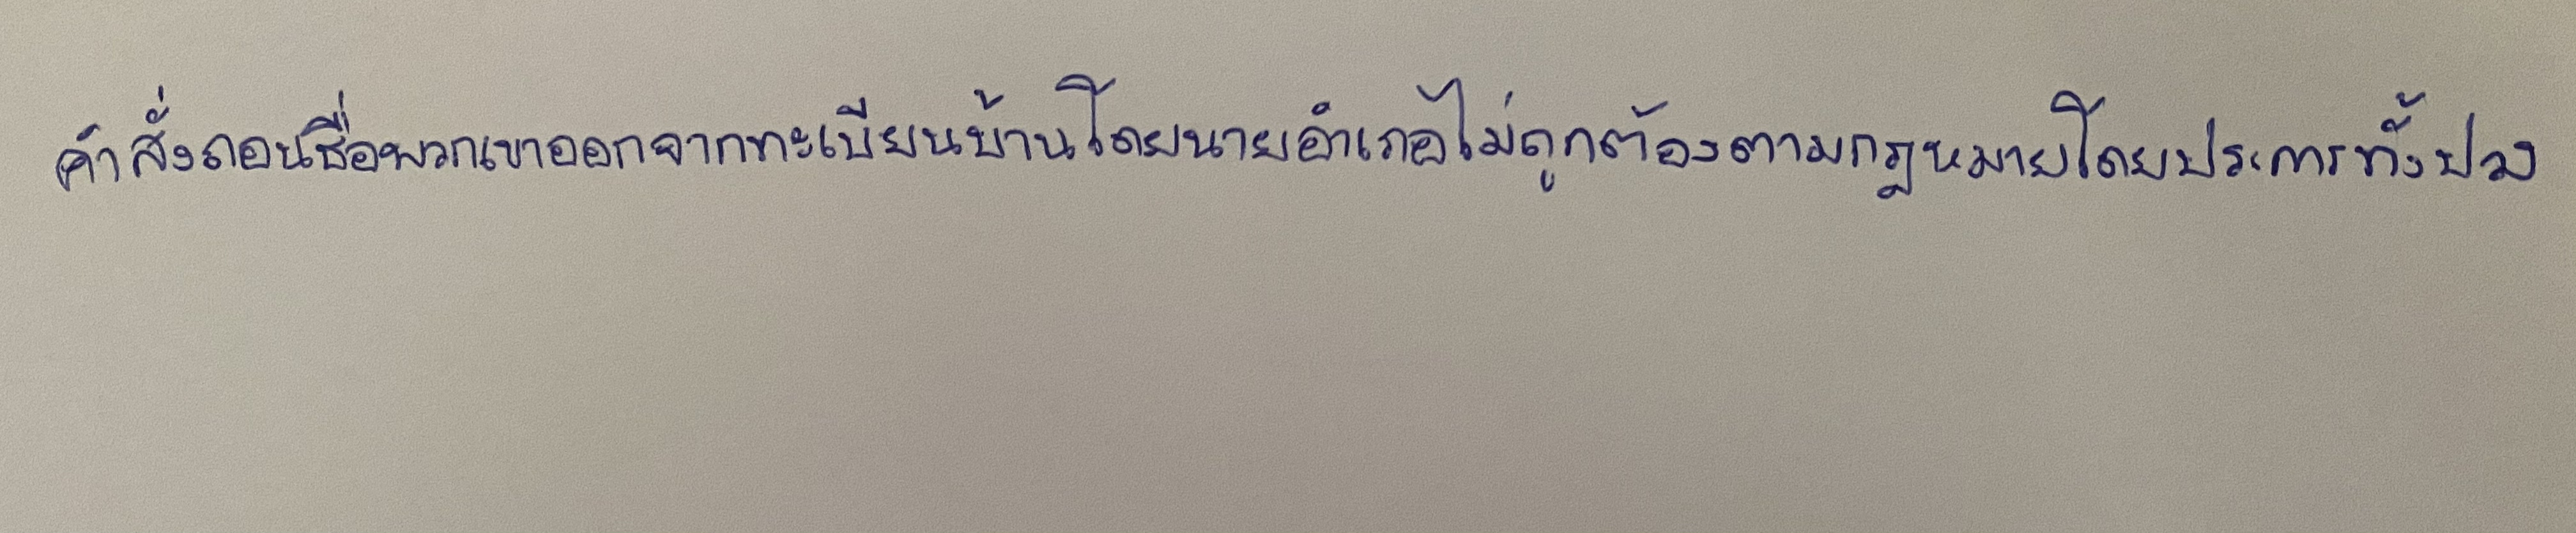
คำสั่งถอนชื่อพวกเขาออกจากทะเบียนบ้านโดยนายอำเภอไม่ถูกต้องตามกฎหมายโดยประการทั้งปวง